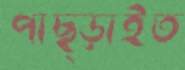
পাছ্‌ড়াইত